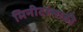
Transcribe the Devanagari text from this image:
मिनीटांसाठी